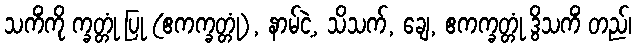
သကိံကို က္ခတ္တုံ ပြု (ဧကက္ခတ္တုံ), နာမ်ငဲ့, သိသက်, ချေ, ဧကက္ခတ္တုံ ဒွိသကိံ တည်၊